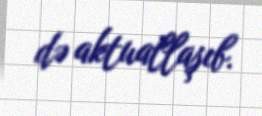
də aktuallaşıb.